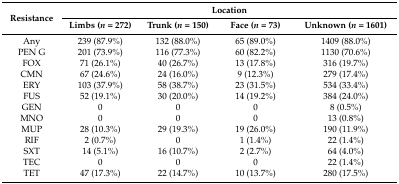
<table><thead><tr><td rowspan="2"><b>Resistance</b></td><td colspan="4"><b>Location</b></td></tr><tr><td><b>Limbs (<i>n</i> = 272)</b></td><td><b>Trunk (<i>n</i> = 150)</b></td><td><b>Face (<i>n</i> = 73)</b></td><td><b>Unknown (<i>n</i> = 1601)</b></td></tr></thead><tbody><tr><td>Any</td><td>239 (87.9%)</td><td>132 (88.0%)</td><td>65 (89.0%)</td><td>1409 (88.0%)</td></tr><tr><td>PEN G</td><td>201 (73.9%)</td><td>116 (77.3%)</td><td>60 (82.2%)</td><td>1130 (70.6%)</td></tr><tr><td>FOX</td><td>71 (26.1%)</td><td>40 (26.7%)</td><td>13 (17.8%)</td><td>316 (19.7%)</td></tr><tr><td>CMN</td><td>67 (24.6%)</td><td>24 (16.0%)</td><td>9 (12.3%)</td><td>279 (17.4%)</td></tr><tr><td>ERY</td><td>103 (37.9%)</td><td>58 (38.7%)</td><td>23 (31.5%)</td><td>534 (33.4%)</td></tr><tr><td>FUS</td><td>52 (19.1%)</td><td>30 (20.0%)</td><td>14 (19.2%)</td><td>384 (24.0%)</td></tr><tr><td>GEN</td><td>0</td><td>0</td><td>0</td><td>8 (0.5%)</td></tr><tr><td>MNO</td><td>0</td><td>0</td><td>0</td><td>13 (0.8%)</td></tr><tr><td>MUP</td><td>28 (10.3%)</td><td>29 (19.3%)</td><td>19 (26.0%)</td><td>190 (11.9%)</td></tr><tr><td>RIF</td><td>2 (0.7%)</td><td>0</td><td>1 (1.4%)</td><td>22 (1.4%)</td></tr><tr><td>SXT</td><td>14 (5.1%)</td><td>16 (10.7%)</td><td>2 (2.7%)</td><td>64 (4.0%)</td></tr><tr><td>TEC</td><td>0</td><td>0</td><td>0</td><td>22 (1.4%)</td></tr><tr><td>TET</td><td>47 (17.3%)</td><td>22 (14.7%)</td><td>10 (13.7%)</td><td>280 (17.5%)</td></tr></tbody></table>